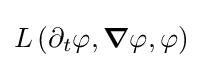
L\left(\partial _{t}\varphi ,{\boldsymbol {\nabla }}\varphi ,\varphi \right)